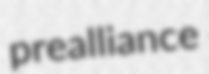
prealliance